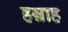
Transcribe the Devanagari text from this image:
हन्नाह